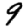
Digit: 9